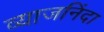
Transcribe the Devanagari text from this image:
व्याजनिंदा